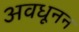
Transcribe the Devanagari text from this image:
अवधूनन